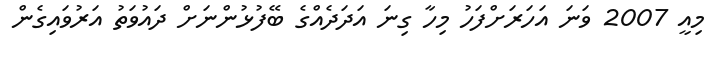
މިއީ 2007 ވަނަ އަހަރަށްފަހު މިހާ ގިނަ އަދަދެއްގެ ބޭފުޅުންނަށް ދައުވަތު އަރުވައިގެން